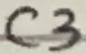
Text: C3